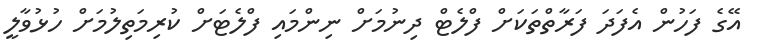
އޭގެ ފަހުން އެފަދަ ފަރާތްތަކަށް ފްލެޓް ދިނުމަށް ނިންމައި ފްލެޓަށް ކުރިމަތިލުމަށް ހުޅުވާލީ